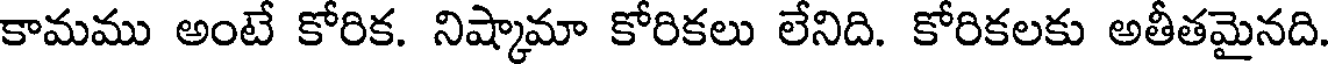
కామము అంటే కోరిక. నిష్కామా కోరికలు లేనిది. కోరికలకు అతీతమైనది